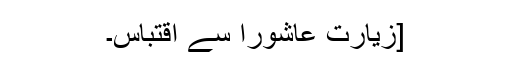
[زیارت عاشورا سے اقتباس۔